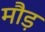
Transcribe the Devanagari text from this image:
मौड़